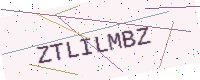
Text: ZTLILMBZ